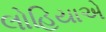
લોહિયાએ